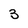
Character: 3